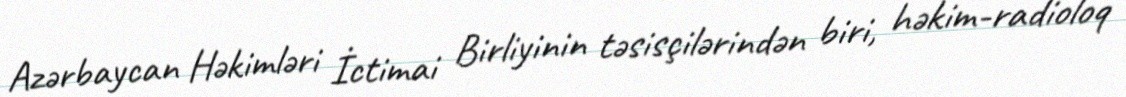
Azərbaycan Həkimləri İctimai Birliyinin təsisçilərindən biri, həkim-radioloq